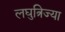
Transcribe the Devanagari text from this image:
लघुत्रिज्या